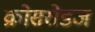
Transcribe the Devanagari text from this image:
क्रोसरोडज